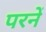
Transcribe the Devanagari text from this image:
परनें